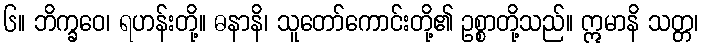
၆။ ဘိက္ခဝေ၊ ရဟန်းတို့။ ဓနာနိ၊ သူတော်ကောင်းတို့၏ ဥစ္စာတို့သည်။ ဣမာနိ သတ္တ၊